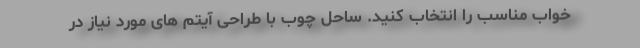
خواب مناسب را انتخاب کنید. ساحل چوب با طراحی آیتم های مورد نیاز در